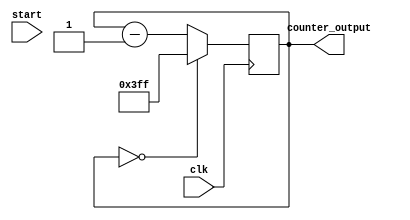
//Team: Nighthawk
//Rev: 3.0
//2-22-2017

module mod512_down_counter(
  input clk, 
  input start,
  output reg [9:0] counter_output
  );
  
 
initial begin
counter_output = 10'b0;
end
 


 always @ (posedge clk)

 begin
    if(counter_output == 10'b0000000000) begin
      counter_output <= 10'b1111111111;
         end
    else begin
      counter_output = counter_output - 1'b1;
         end
  end
endmodule